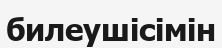
билеушісімін